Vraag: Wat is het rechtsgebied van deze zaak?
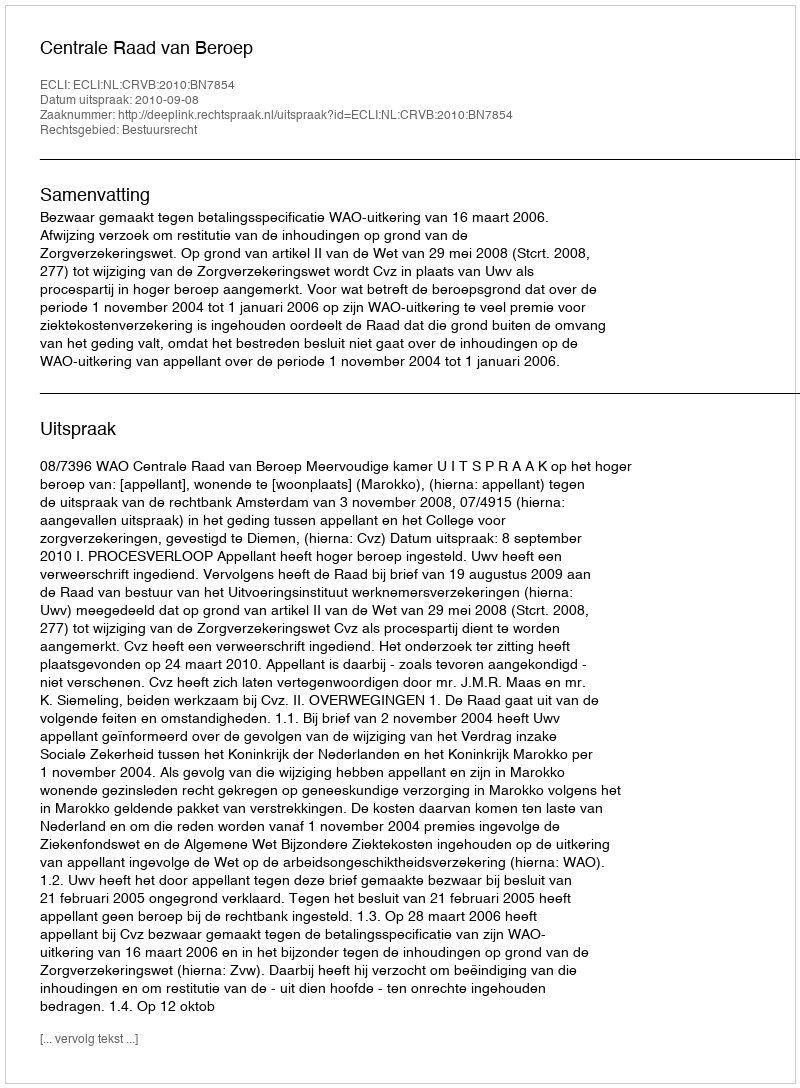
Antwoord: Bestuursrecht